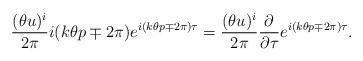
LaTeX: \begin{align*}\frac{(\theta u)^i}{2 \pi} i ( k \theta p \mp 2 \pi )e^{i (k \theta p \mp 2 \pi) \tau}= \frac{(\theta u)^i}{2 \pi}\frac{\partial}{\partial \tau}e^{i (k \theta p \mp 2 \pi) \tau}.\end{align*}